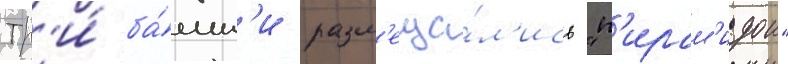
Тр'и́ ба́шн'и разм'еща́л'ись "п'ирам'идои"